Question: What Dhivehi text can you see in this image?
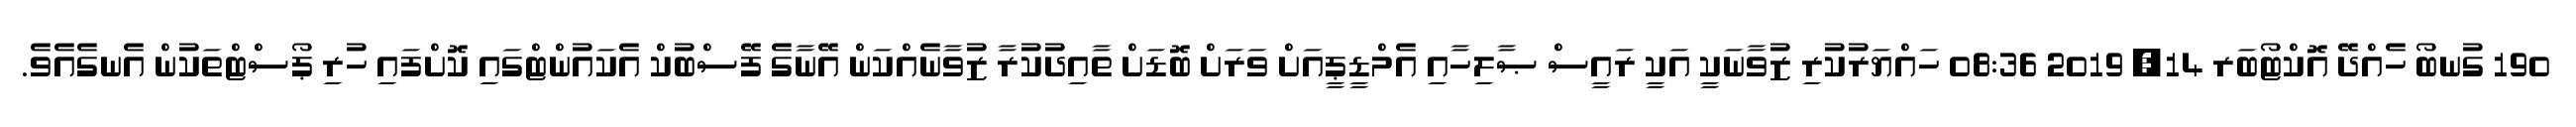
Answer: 190 ގުނބޯ ހެއްދޭ އޮކްޓޯބަރ 14, 2019 08:36 ހައްޔަރުކުރި ޒުވާނަކީ އަކީ ރައީސް ޞާލިހާއި އެމްޑީޕީއަށް ވަރަށް ބޮޑަށް ތާއިދުކުރާ ޒުވާނެއްކަން އޭނާގެ ފޭސްބުކް އެކައުންޓްގައި ކޮށްފައި ހުރި ޕޯސްޓްތަކުން އެނގެއެވެ.